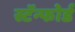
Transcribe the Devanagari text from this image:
स्टॅन्फोर्ड